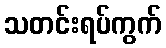
သတင်းရပ်ကွက်